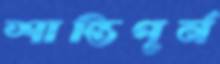
শান্তিপূর্ন